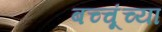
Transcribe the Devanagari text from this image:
बच्चूंच्या